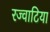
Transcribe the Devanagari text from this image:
रज्वाटिया